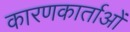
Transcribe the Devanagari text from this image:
कारणकार्ताओं